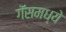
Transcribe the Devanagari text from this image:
गॅसमध्ये